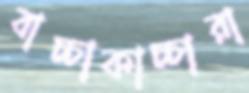
বাচ্চাকাচ্চারা